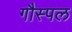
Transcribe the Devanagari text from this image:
गौस्पल